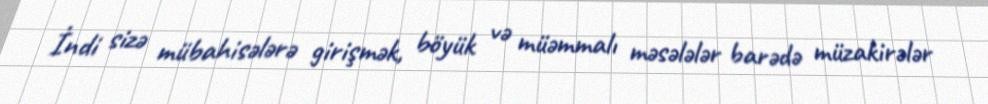
İndi sizə mübahisələrə girişmək, böyük və müəmmalı məsələlər barədə müzakirələr